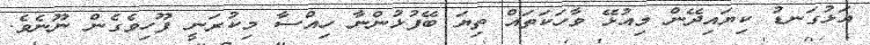
އަޅުގަނޑު ކިޔައިދޭން މިއުޅޭ ވާހަކަތައް ތިޔަ ބޭފުޅުންނާ ހިއްސާ މިކުރަނީ ފޫހިވެގެން ނޫނެވެ.